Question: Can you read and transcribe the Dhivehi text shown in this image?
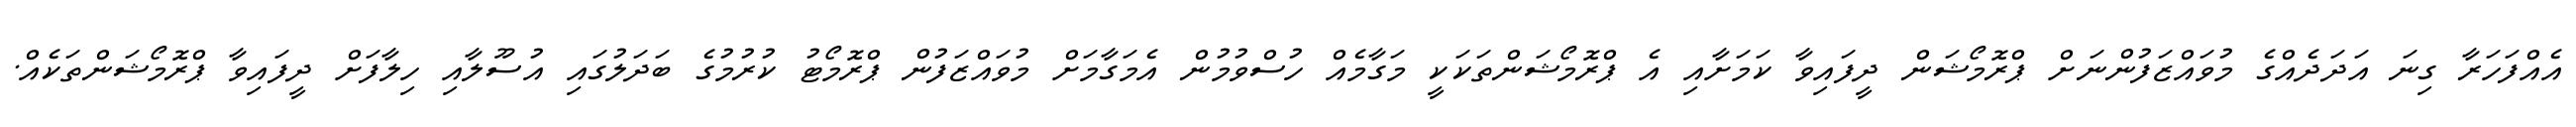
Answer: އެއްފަހަރާ ގިނަ އަދަދެއްގެ މުވައްޒަފުންނަށް ޕްރޮމޯޝަން ދީފައިވާ ކަމަށާއި އެ ޕްރޮމޯޝަންތަކަކީ މަގާމެއް ހުސްވުމުން އެމަގާމަށް މުވައްޒަފުން ޕްރޮމޯޓު ކުރުމުގެ ބަދަލުގައި އުސޫލާއި ހިލާފަށް ދީފައިވާ ޕްރޮމޯޝަންތަކެއް.